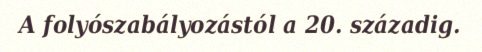
A folyószabályozástól a 20. századig.